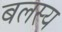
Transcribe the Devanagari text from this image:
बलस्य